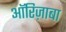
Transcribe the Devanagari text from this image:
ऑरिज़ाबा